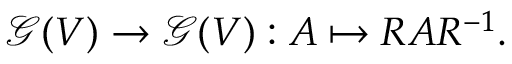
{ \mathcal { G } } ( V ) \to { \mathcal { G } } ( V ) : A \mapsto R A R ^ { - 1 } .